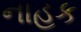
નાહક